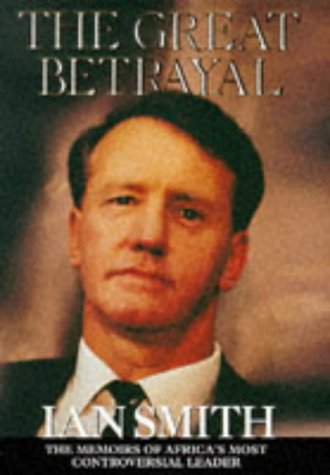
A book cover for The Great Betrayal: The Memoirs of Ian Douglas Smith; Ian Douglas Smith; History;